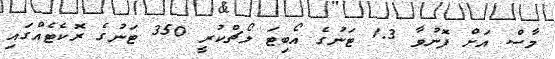
މާސް އަށް ފޮނުވާ 1.3 ޓަނުގެ އޯބިޓަ ލޯޗްކުރީ 350 ޓަނުގެ ރޮކެޓެއްގައި